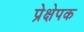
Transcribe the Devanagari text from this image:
प्रेक्षेपक